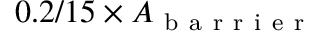
0 . 2 / 1 5 \times A _ { \mathrm { ~ b ~ a ~ r ~ r ~ i ~ e ~ r ~ } }